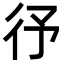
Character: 𭛞